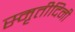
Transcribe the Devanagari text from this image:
स्मृतीदिनी